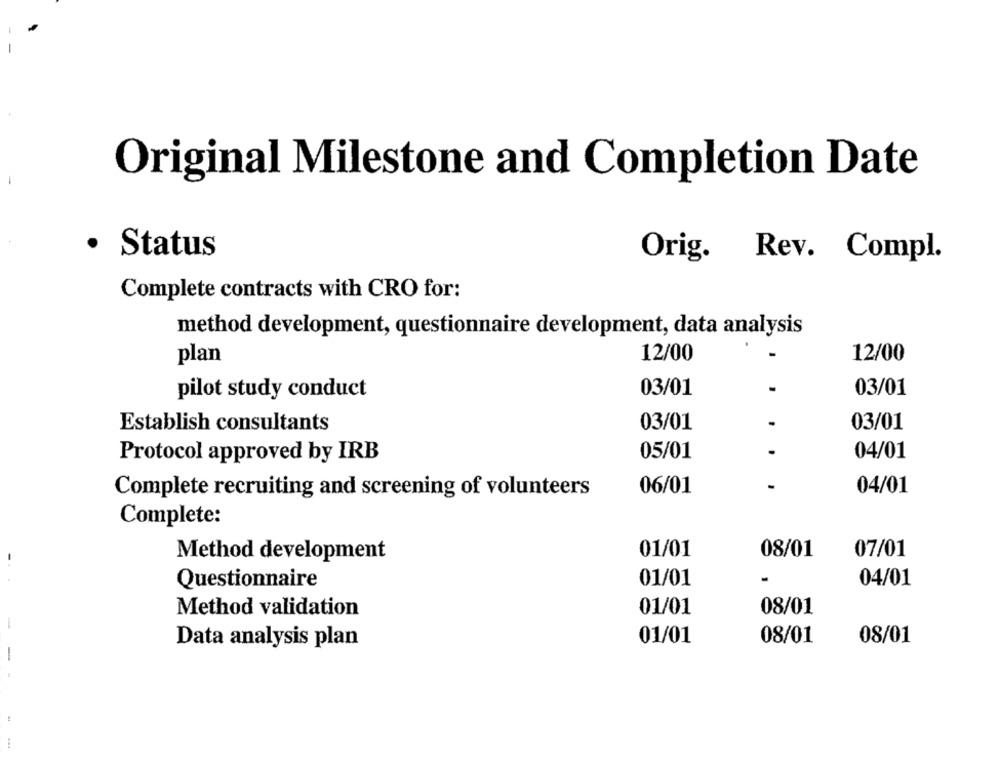
Original Milestone and Completion Date
· Status
Orig. Rev. Compl.
Complete contracts with CRO for:
method development, questionnaire development, data analysis
12/00
12/00
plan
pilot study conduct
03/01
-
03/01
03/01
03/01
Establish consultants
05/01
04/01
Protocol approved by IRB
Complete recruiting and screening of volunteers
06/01
04/01
Complete:
01/01
08/01
07/01
-.
Method development
Questionnaire
01/01
-
04/01
Method validation
01/01
08/01
-
01/01
08/01
08/01
Data analysis plan